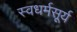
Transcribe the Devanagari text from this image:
स्वधर्मसूर्य